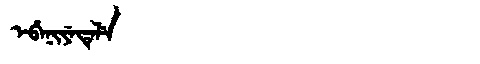
Manchu: ᡝᠪᡝᠨᡳᠶᡝᡨᡝᠯᡝ
Romanization: EBENIYETELE